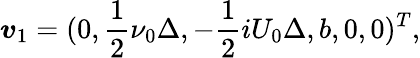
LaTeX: \boldsymbol{\mathit{v}}_{1}=(0,\frac{{1}}{{2}}\nu_{0}\Delta,-\frac{{1}}{{2}}iU_{0}\Delta,b,0,0)^{T},